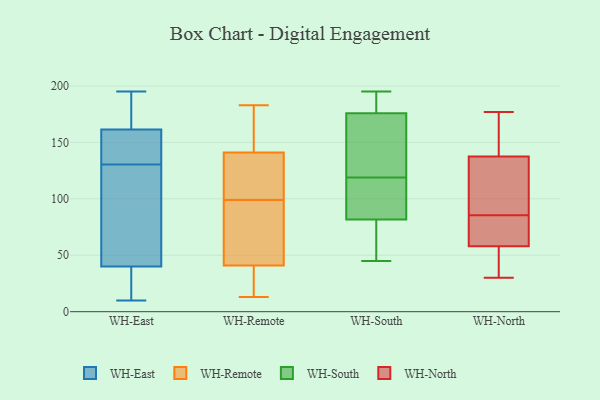
{"axis": {"x": "Headcount", "y": "Value"}, "legend": ["WH-East", "WH-North", "WH-Remote", "WH-South"], "data": [{"x": "", "y": 148, "type": "WH-East"}, {"x": "", "y": 131, "type": "WH-East"}, {"x": "", "y": 23, "type": "WH-East"}, {"x": "", "y": 132, "type": "WH-East"}, {"x": "", "y": 195, "type": "WH-East"}, {"x": "", "y": 156, "type": "WH-East"}, {"x": "", "y": 10, "type": "WH-East"}, {"x": "", "y": 167, "type": "WH-East"}, {"x": "", "y": 36, "type": "WH-East"}, {"x": "", "y": 29, "type": "WH-East"}, {"x": "", "y": 130, "type": "WH-East"}, {"x": "", "y": 183, "type": "WH-East"}, {"x": "", "y": 84, "type": "WH-East"}, {"x": "", "y": 193, "type": "WH-East"}, {"x": "", "y": 186, "type": "WH-East"}, {"x": "", "y": 26, "type": "WH-East"}, {"x": "", "y": 44, "type": "WH-East"}, {"x": "", "y": 140, "type": "WH-East"}, {"x": "", "y": 72, "type": "WH-East"}, {"x": "", "y": 121, "type": "WH-East"}, {"x": "", "y": 13, "type": "WH-Remote"}, {"x": "", "y": 110, "type": "WH-Remote"}, {"x": "", "y": 183, "type": "WH-Remote"}, {"x": "", "y": 18, "type": "WH-Remote"}, {"x": "", "y": 35, "type": "WH-Remote"}, {"x": "", "y": 151, "type": "WH-Remote"}, {"x": "", "y": 24, "type": "WH-Remote"}, {"x": "", "y": 29, "type": "WH-Remote"}, {"x": "", "y": 123, "type": "WH-Remote"}, {"x": "", "y": 101, "type": "WH-Remote"}, {"x": "", "y": 79, "type": "WH-Remote"}, {"x": "", "y": 146, "type": "WH-Remote"}, {"x": "", "y": 112, "type": "WH-Remote"}, {"x": "", "y": 156, "type": "WH-Remote"}, {"x": "", "y": 75, "type": "WH-Remote"}, {"x": "", "y": 47, "type": "WH-Remote"}, {"x": "", "y": 167, "type": "WH-Remote"}, {"x": "", "y": 136, "type": "WH-Remote"}, {"x": "", "y": 97, "type": "WH-Remote"}, {"x": "", "y": 89, "type": "WH-Remote"}, {"x": "", "y": 184, "type": "WH-South"}, {"x": "", "y": 191, "type": "WH-South"}, {"x": "", "y": 119, "type": "WH-South"}, {"x": "", "y": 64, "type": "WH-South"}, {"x": "", "y": 172, "type": "WH-South"}, {"x": "", "y": 45, "type": "WH-South"}, {"x": "", "y": 177, "type": "WH-South"}, {"x": "", "y": 87, "type": "WH-South"}, {"x": "", "y": 147, "type": "WH-South"}, {"x": "", "y": 195, "type": "WH-South"}, {"x": "", "y": 80, "type": "WH-South"}, {"x": "", "y": 46, "type": "WH-South"}, {"x": "", "y": 90, "type": "WH-South"}, {"x": "", "y": 141, "type": "WH-South"}, {"x": "", "y": 87, "type": "WH-South"}, {"x": "", "y": 71, "type": "WH-North"}, {"x": "", "y": 31, "type": "WH-North"}, {"x": "", "y": 153, "type": "WH-North"}, {"x": "", "y": 122, "type": "WH-North"}, {"x": "", "y": 76, "type": "WH-North"}, {"x": "", "y": 36, "type": "WH-North"}, {"x": "", "y": 55, "type": "WH-North"}, {"x": "", "y": 95, "type": "WH-North"}, {"x": "", "y": 170, "type": "WH-North"}, {"x": "", "y": 63, "type": "WH-North"}, {"x": "", "y": 112, "type": "WH-North"}, {"x": "", "y": 30, "type": "WH-North"}, {"x": "", "y": 158, "type": "WH-North"}, {"x": "", "y": 61, "type": "WH-North"}, {"x": "", "y": 119, "type": "WH-North"}, {"x": "", "y": 177, "type": "WH-North"}]}